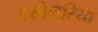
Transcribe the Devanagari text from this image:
टरबेलैरिया